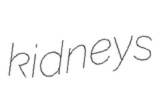
kidneys